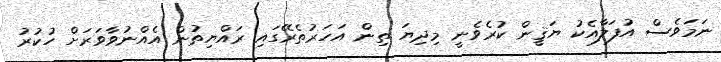
ނަމަވެސް އުފަލާއެކު ޔަޤީން ކުރެވެނީ މިދިޔަ ތިން އަހަރުތެރޭގައި ރައްޔިތުން އެއްނުވާވަރަށް ހުކުރު